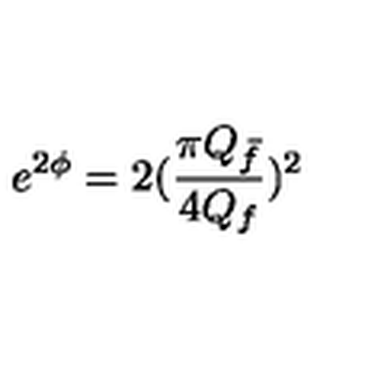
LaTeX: e ^ { 2 \phi } = 2 ( \frac { \pi Q _ { \bar { f } } } { 4 Q _ { f } } ) ^ { 2 }